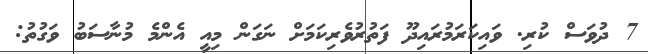
7 ދުވަސް ކުރި. ވައިކަރަމުރައިދޫ ފަތުރުވެރިކަމަށް ނަގަން މިއީ އެންމެ މުނާސަބު ވަގުތު: